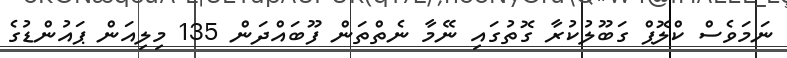
ނަމަވެސް ކްލޮޕް ގަބޫލުކުރާ ގޮތުގައި ނޭމާ ނެތްތަން ފޫބައްދަން 135 މިލިއަން ޕައުންޑުގެ